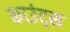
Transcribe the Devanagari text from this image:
काउंट्स